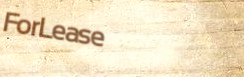
ForLease